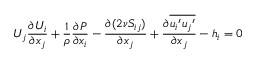
U _ { j } \frac { \partial U _ { i } } { \partial x _ { j } } + \frac { 1 } { \rho } \frac { \partial P } { \partial x _ { i } } - \frac { \partial ( 2 \nu S _ { i j } ) } { \partial x _ { j } } + \frac { \partial \overline { { { u _ { i } } ^ { \prime } { u _ { j } } ^ { \prime } } } } { \partial x _ { j } } - h _ { i } = 0